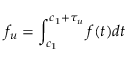
f _ { u } = \int _ { c _ { 1 } } ^ { c _ { 1 } + \tau _ { u } } f ( t ) d t